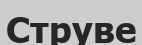
Струве